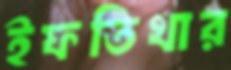
ইফতিখার